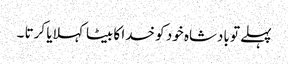
پہلے تو بادشاہ خود کو خدا کا بیٹا کہلایا کرتا ۔